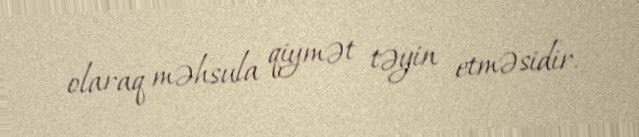
olaraq məhsula qiymət təyin etməsidir.